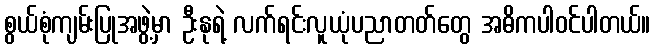
စွယ်စုံကျမ်းပြုအဖွဲ့မှာ ဦးနုရဲ့ လက်ရင်းလူယုံပညာတတ်တွေ အဓိကပါဝင်ပါတယ်။